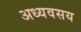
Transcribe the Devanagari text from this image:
अध्यवसय